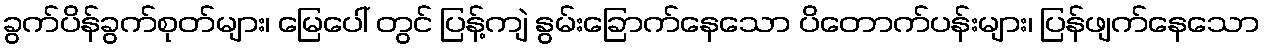
ခွက်ပိန်ခွက်စုတ်များ၊ မြေပေါ် တွင် ပြန့်ကျဲ နွမ်းခြောက်နေသော ပိတောက်ပန်းများ၊ ပြန်ဖျက်နေသော